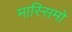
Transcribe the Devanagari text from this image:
मास्‍सिमो